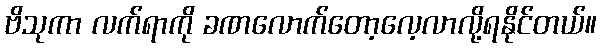
ဗိသုကာ လက်ရာကို ခဏလောက်တော့လေ့လာလို့ရနိုင်တယ်။